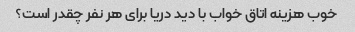
خوب هزینه اتاق خواب با دید دریا برای هر نفر چقدر است؟